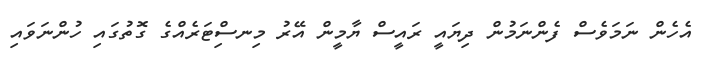
އެހެން ނަމަވެސް ފެންނަމުން ދިޔައީ ރައީސް ޔާމީން އޭރު މިނސިްޓަރެއްގެ ގޮތުގައި ހުންނަވައި